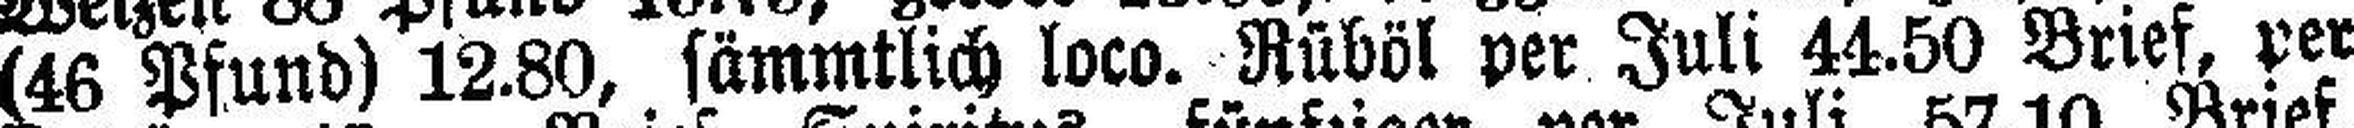
(46 Pfund) 12.80, sämmtlich loco. Rüböl per Juli 44.50 Brief, per